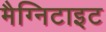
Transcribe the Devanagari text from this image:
मैग्निटाइट